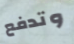
وتدفع